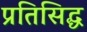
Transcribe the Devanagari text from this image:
प्रतिसिद्ध